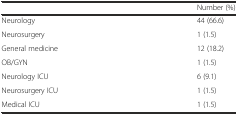
|  | Number (%) |
 | --- | --- |
 | Neurology | 44 (66.6) |
 | Neurosurgery | 1 (1.5) |
 | General medicine | 12 (18.2) |
 | OB/GYN | 1 (1.5) |
 | Neurology ICU | 6 (9.1) |
 | Neurosurgery ICU | 1 (1.5) |
 | Medical ICU | 1 (1.5) |